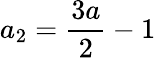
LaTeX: a_{2}=\frac{3a}{2}-1